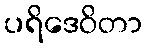
ပရိဒေဝိတာ